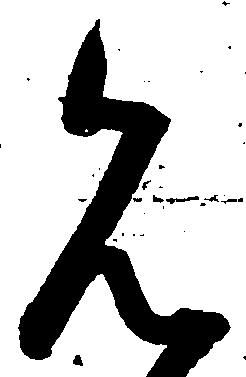
見